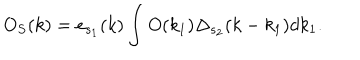
O _ { S } ( k ) = e _ { s _ { 1 } } ( k ) \int O ( k _ { 1 } ) \Delta _ { s _ { 2 } } ( k - k _ { 1 } ) d k _ { 1 } .